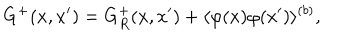
LaTeX: G ^ { + } ( x , x ^ { \prime } ) = G _ { R } ^ { + } ( x , x ^ { \prime } ) + \langle \varphi ( x ) \varphi ( x ^ { \prime } ) \rangle ^ { ( b ) } ,